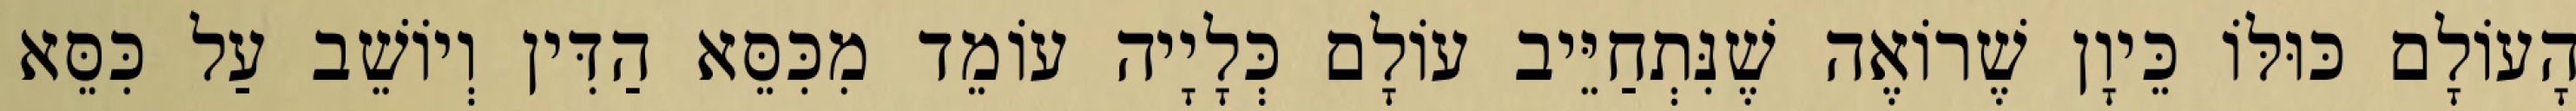
הָעוֹלָם כּוּלּוֹ כֵּיוָן שֶׁרוֹאֶה שֶׁנִּתְחַיֵּיב עוֹלָם כְּלָיָיה עוֹמֵד מִכִּסֵּא הַדִּין וְיוֹשֵׁב עַל כִּסֵּא